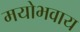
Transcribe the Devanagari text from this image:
मयोभवाय